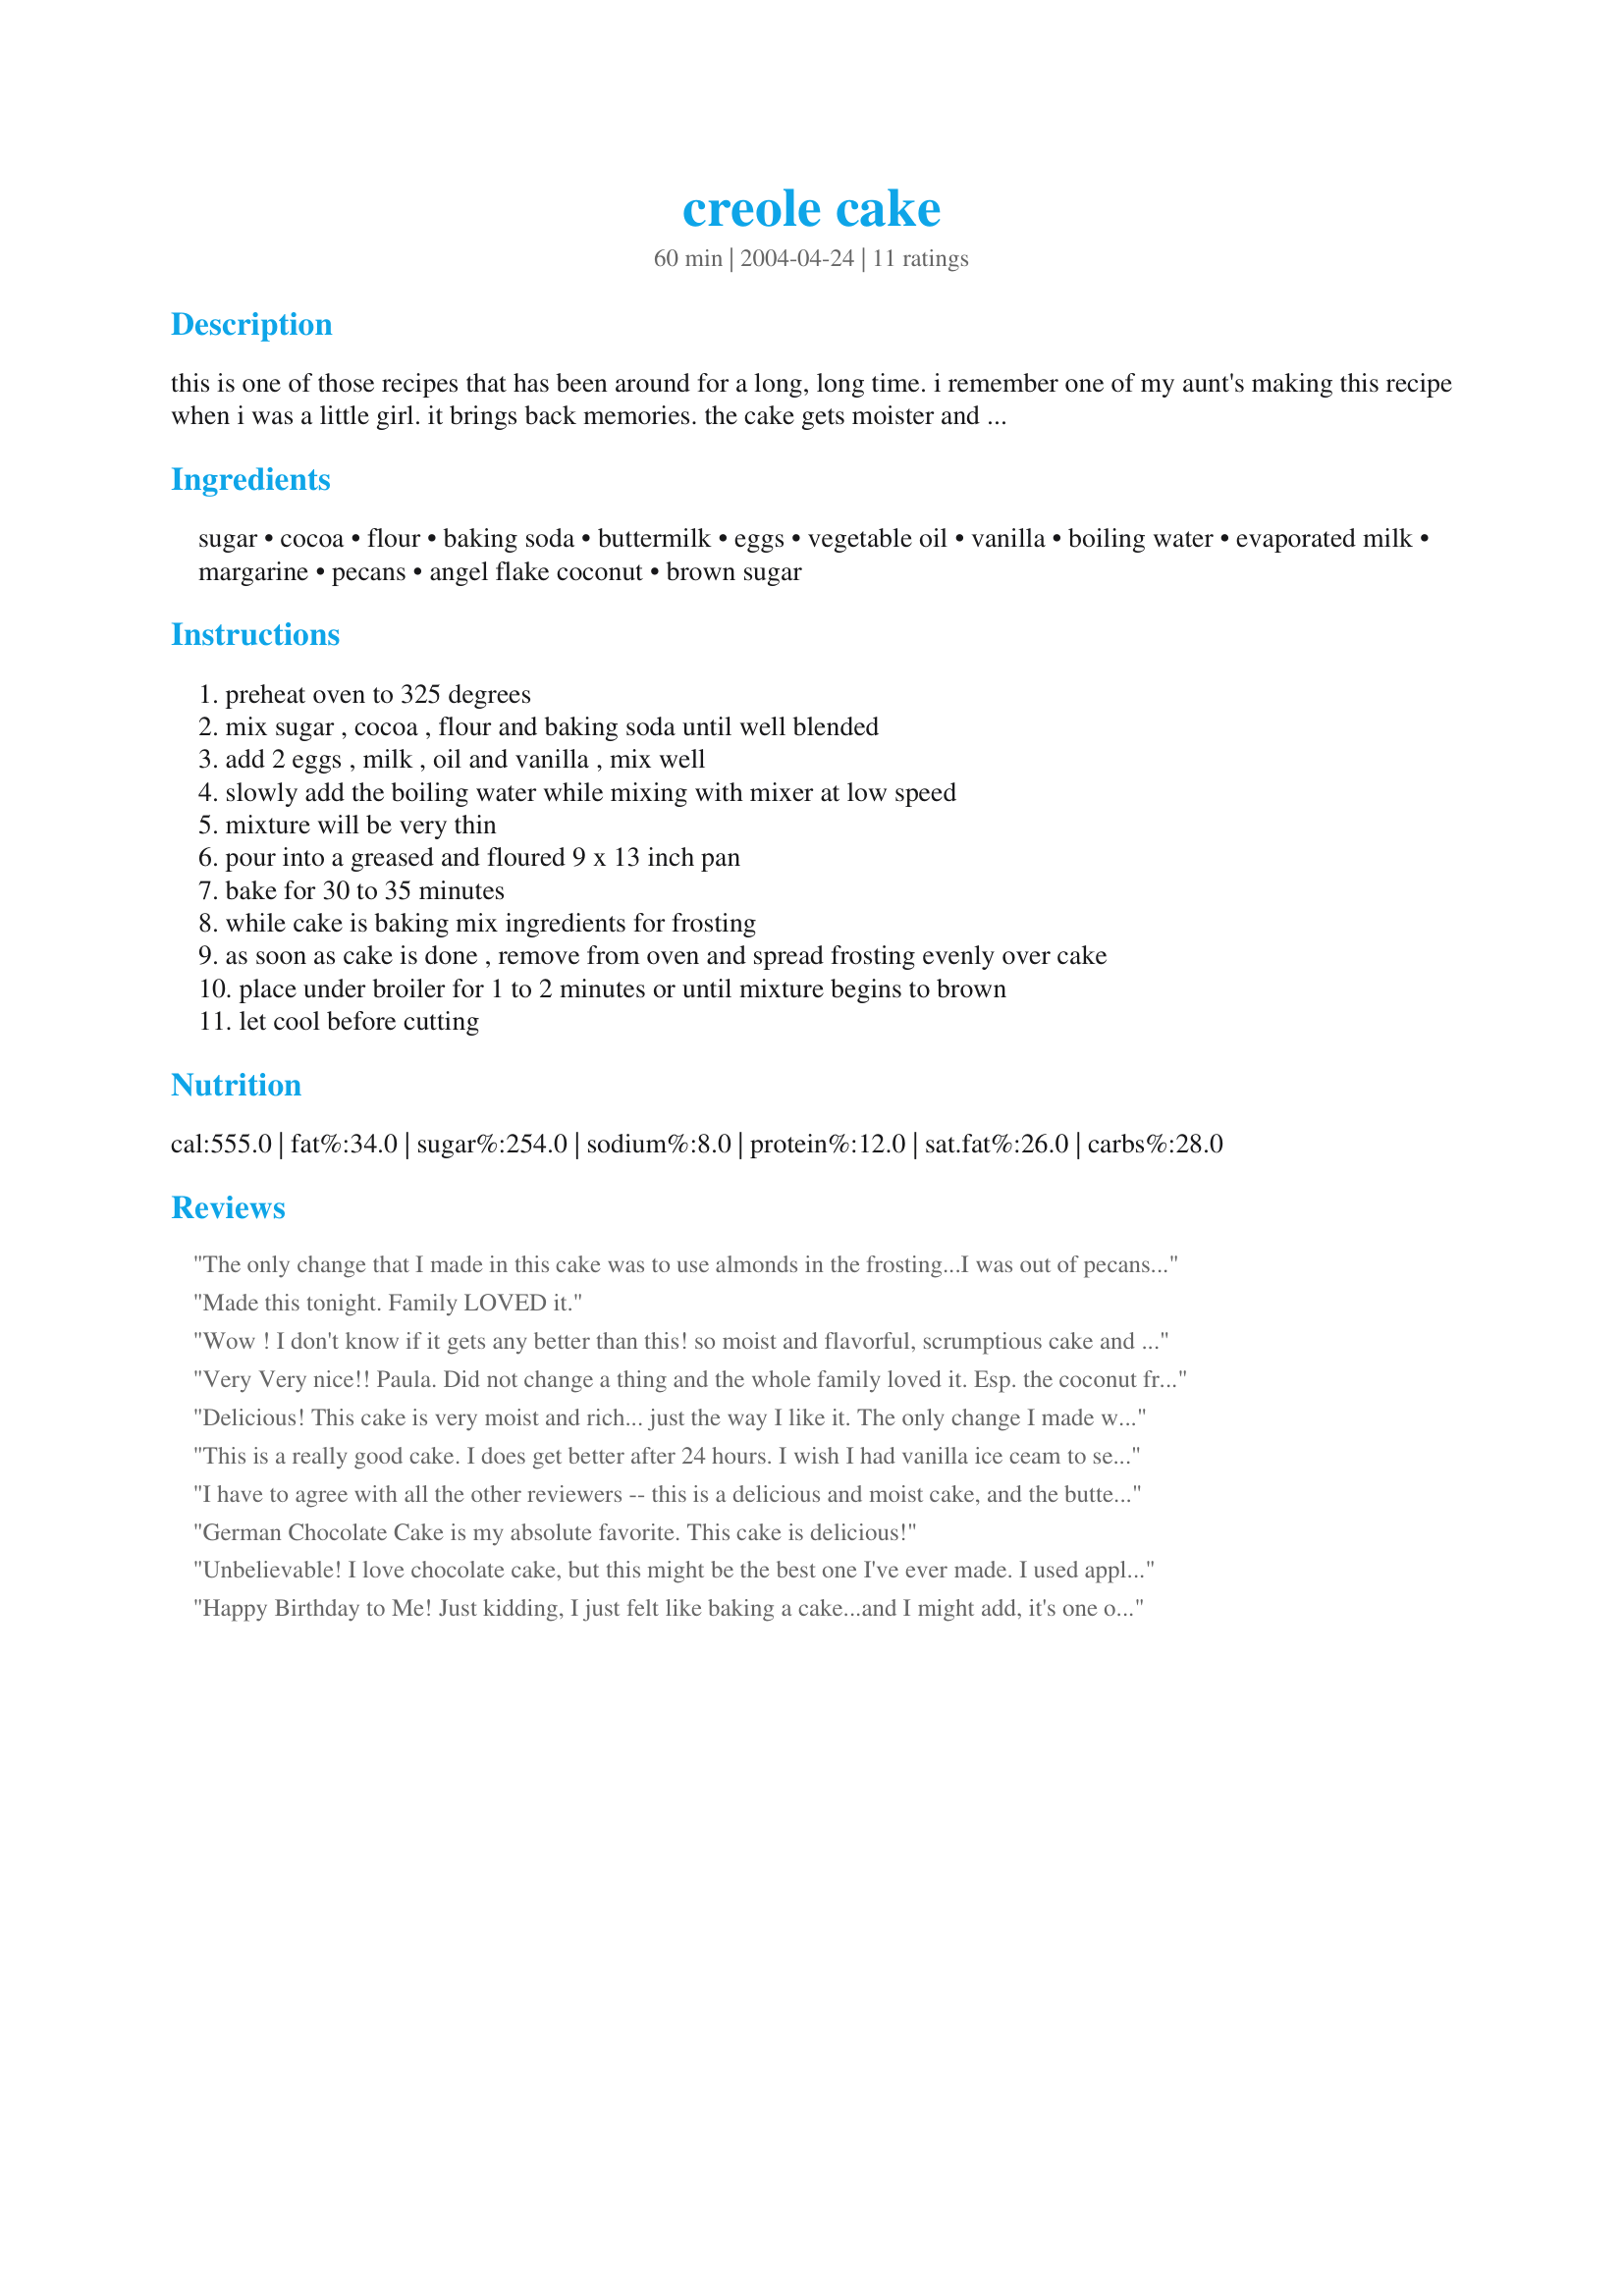
creole cake
Preparation time: 60 minutes

this is one of those recipes that has been around for a long, long time. i remember one of my aunt's making this recipe when i was a little girl. it brings back memories. the cake gets moister and more delicious after sitting for 24 hours.

Ingredients:
sugar, cocoa, flour, baking soda, buttermilk, eggs, vegetable oil, vanilla, boiling water, evaporated milk, margarine, pecans, angel flake coconut, brown sugar

Steps:
preheat oven to 325 degrees, mix sugar , cocoa , flour and baking soda until well blended, add 2 eggs , milk , oil and vanilla , mix well, slowly add the boiling water while mixing with mixer at low speed, mixture will be very thin, pour into a greased and floured 9 x 13 inch pan, bake for 30 to 35 minutes, while cake is baking mix ingredients for frosting, as soon as cake is done , remove from oven and spread frosting evenly over cake, place under broiler for 1 to 2 minutes or until mixture begins to brown, let cool before cutting

Reviews:
The only change that I made in this cake was to use almonds in the frosting...I was out of pecans!!! I really worried about this batter being so thin, but you said it would be thin, so I figured it would be alright....and it was. This is such a light moist cake. Will be making this again.
Made this tonight. Family LOVED it.
Wow ! I don't know if it gets any better than this! so moist and flavorful, scrumptious cake and a keeper for sure. Thanks Paula, another great recipe for PAC 07.
Very Very nice!! Paula. Did not change a thing and the whole family loved it. Esp. the coconut frosting. Am planning to make this again for my friend's b'day next week. 
:) Fay
Delicious! This cake is very moist and rich... just the way I like it. The only change I made was using butter instead of margarine, but I don't think that made a difference. Thanks Paula for posting your Aunt's recipe. I'll be making this one again! (Picked for the Cake-A-Thon in memory of Chef I Am)
This is a really good cake. I does get better after 24 hours. I wish I had vanilla ice ceam to serve with it, but whipped cream worked out fine. I used butter instead of margerine for the topping. I'll be making this again. Thanks for posting!
I have to agree with all the other reviewers -- this is a delicious and moist cake, and the buttermilk added a nice rich flavor. My husband just loves German Chocolate cake, and since this is somewhat similar I decided to try it. Well, my husband said he enjoyed the flavor of this more, so you can be sure I'll be making this many, many times again!
German Chocolate Cake is my absolute favorite. This cake is delicious!
Unbelievable! I love chocolate cake, but this might be the best one I've ever made. I used applesauce instead of the oil to cut down on the fat. It was fantastic. We ate it right when it came out of the oven. The next day we had a piece cold and it just was not the same. Popped it in the microwave and it was just like we took it out of the oven!
Happy Birthday to Me! Just kidding, I just felt like baking a cake...and I might add, it's one of the best ever.
We loved this cake! My DH doesn't eat very much cake, but said this he would eat again! It didn't say how many eggs so I added 4.And I Made my own topping of 1/2 c brown suger,1/2 c melted butter,1/4 c cream,1t vanilla,1c sliced almonds. I does get moister every day! Thank you for a wonderful chocolate cake. Linda
